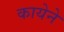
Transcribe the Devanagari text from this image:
कायेने